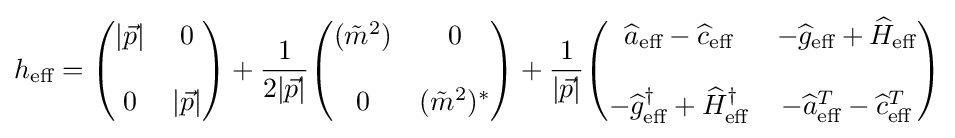
h_{\text{eff}}={\begin{pmatrix}|{\vec {p}}|&0\\\\0&|{\vec {p}}|\end{pmatrix}}+{\frac {1}{2|{\vec {p}}|}}{\begin{pmatrix}({\tilde {m}}^{2})&0\\\\0&({\tilde {m}}^{2})^{*}\end{pmatrix}}+{\frac {1}{|{\vec {p}}|}}{\begin{pmatrix}{\widehat {a}}_{\text{eff}}-{\widehat {c}}_{\text{eff}}&-{\widehat {g}}_{\text{eff}}+{\widehat {H}}_{\text{eff}}\\\\-{\widehat {g}}_{\text{eff}}^{\dagger }+{\widehat {H}}_{\text{eff}}^{\dagger }&-{\widehat {a}}_{\text{eff}}^{T}-{\widehat {c}}_{\text{eff}}^{T}\end{pmatrix}}